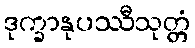
ဒုက္ခာနုပဿီသုတ္တံ